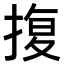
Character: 𭡪